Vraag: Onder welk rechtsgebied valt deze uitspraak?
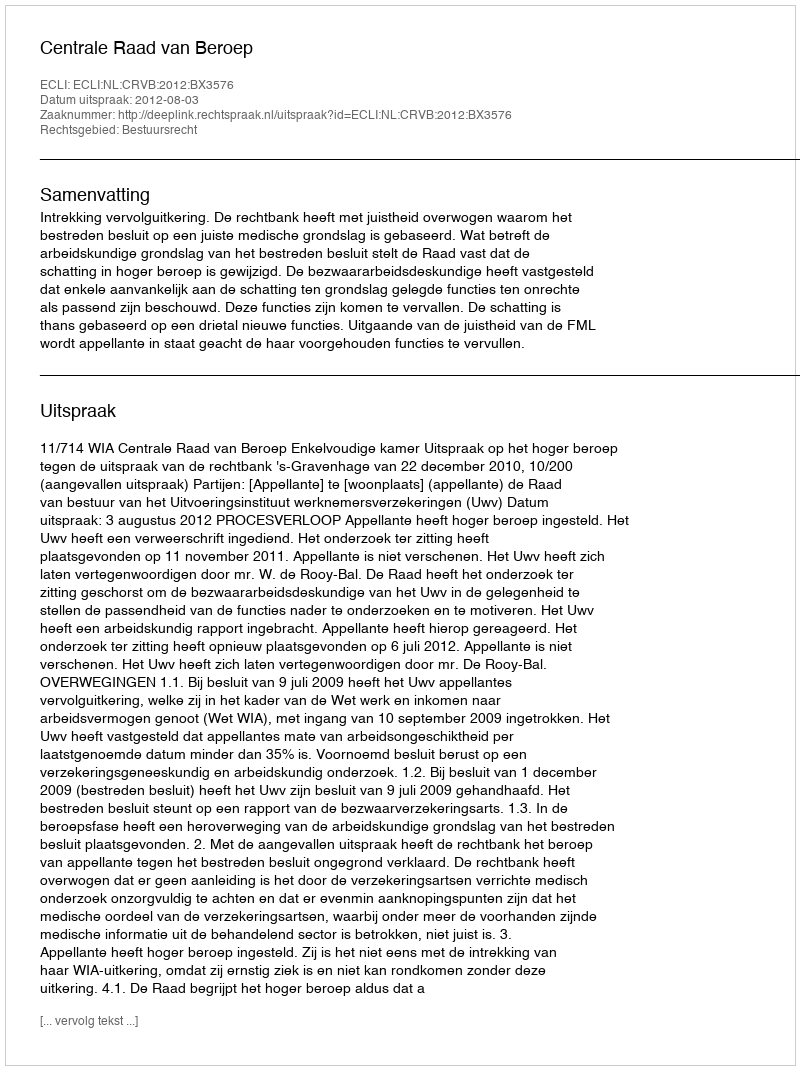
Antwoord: Bestuursrecht